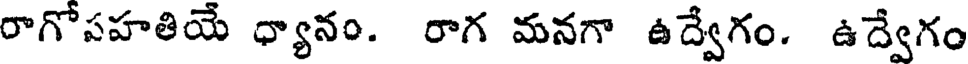
రాగోపహతియే ధ్యానం. రాగ మనగా ఉద్వేగం. ఉద్వేగం